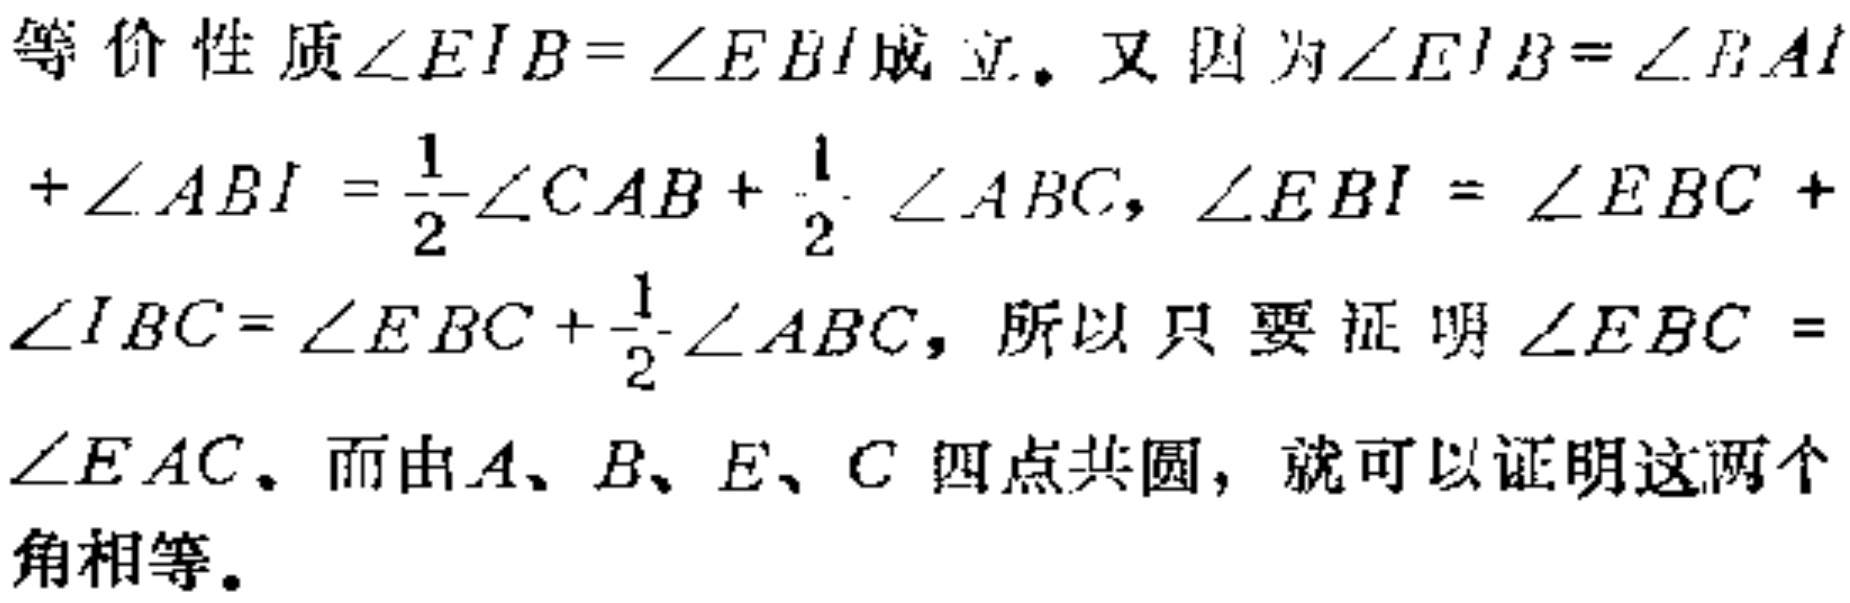
等价性质$\angle EIB = \angle EBI$成立。又因为$\angle EIB=\angle BAI+\angle ABI=\frac{1}{2}\angle CAB+\frac{1}{2}\angle ABC$，$\angle EBI = \angle EBC+\angle IBC=\angle EBC+\frac{1}{2}\angle ABC$，所以只要证明$\angle EBC = \angle EAC$。而由$A、B、E、C$四点共圆，就可以证明这两个角相等。